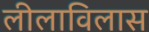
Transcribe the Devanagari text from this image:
लीलाविलास